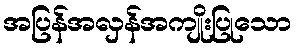
အပြန်အလှန်အကျိုးပြုသော